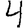
Digit: 4